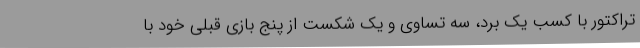
تراکتور با کسب یک برد، سه تساوی و یک شکست از پنج بازی قبلی خود با